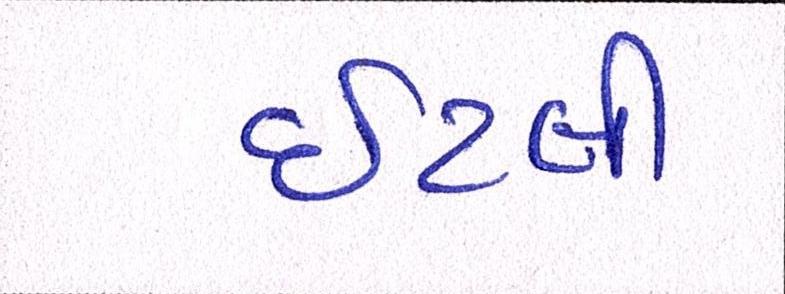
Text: ઇટલી